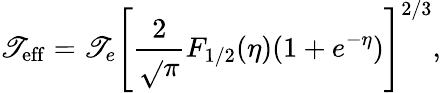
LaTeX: \mathscr{T}_{\mathrm{{eff}}}=\mathscr{T}_{e}\left[\frac{{2}}{{\sqrt{}{{\pi}}}}F_{1/2}(\eta)(1+e^{-\eta})\right]^{2/3},